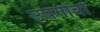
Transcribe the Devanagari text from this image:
उपगोत्रों